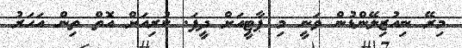
މިރޭ ނިއުޒިލޭންޑުން ވަނީ މި ޕާޓީއަށް ދީފަ. ކުރިއަށް އޮތް ތިން އަހަރު